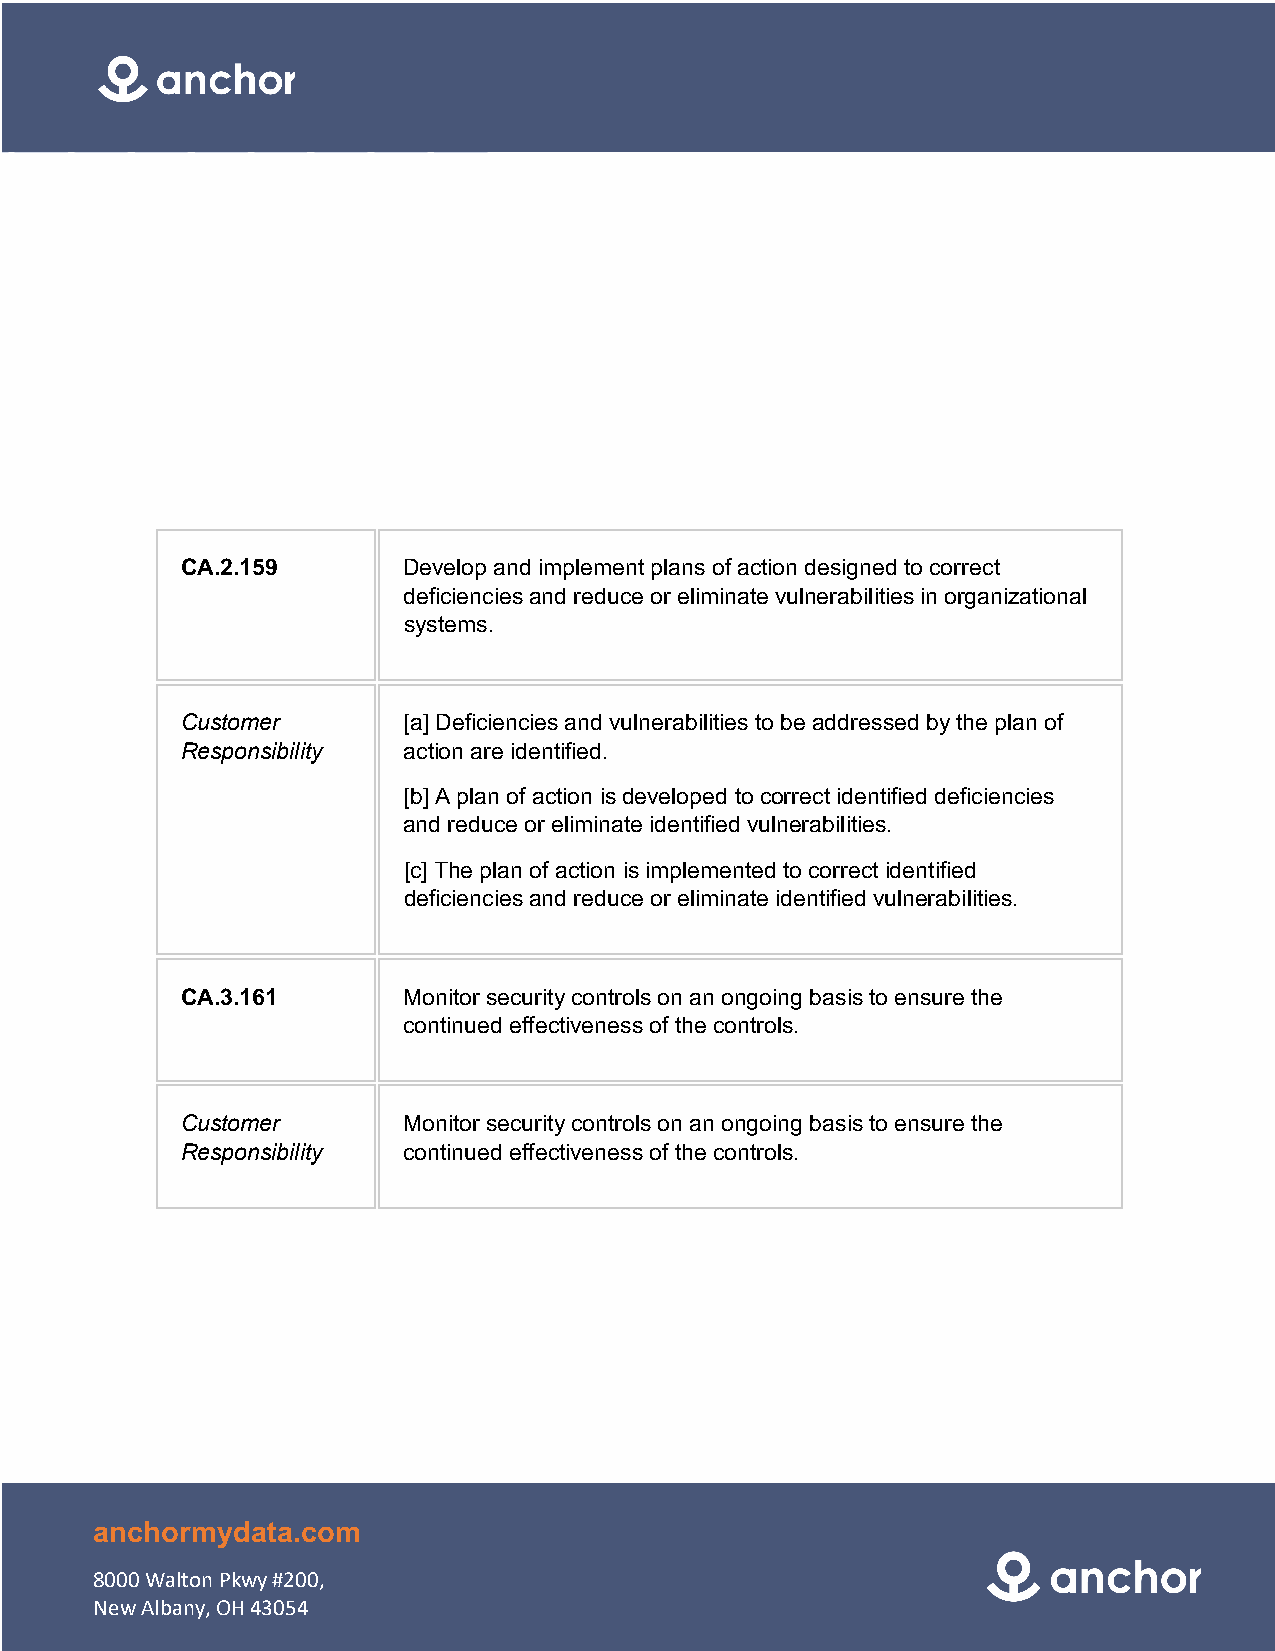
CA.2.159       Develop and implement plans of action designed to correct
 deficiencies and reduce or eliminate vulnerabilities in organizational
 systems.
 Customer       [a] Deficiencies and vulnerabilities to be addressed by the plan of
 Responsibility action are identified.
 [b] A plan of action is developed to correct identified deficiencies
 and reduce or eliminate identified vulnerabilities.
 [c] The plan of action is implemented to correct identified
 deficiencies and reduce or eliminate identified vulnerabilities.
 CA.3.161       Monitor security controls on an ongoing basis to ensure the
 continued effectiveness of the controls.
 Customer       Monitor security controls on an ongoing basis to ensure the
 Responsibility continued effectiveness of the controls.
 anchormydata.com
 8000 Walton Pkwy #200,
 New Albany, OH 43054